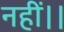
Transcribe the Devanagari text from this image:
नहीं।।